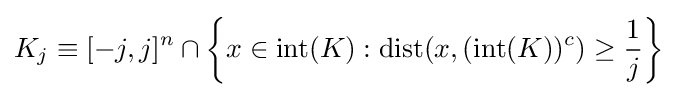
K_{j}\equiv [-j,j]^{n}\cap \left\{x\in {\text{int}}(K):\mathrm {dist} (x,({\text{int}}(K))^{c})\geq {\frac {1}{j}}\right\}